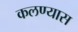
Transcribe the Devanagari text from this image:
कलण्यास